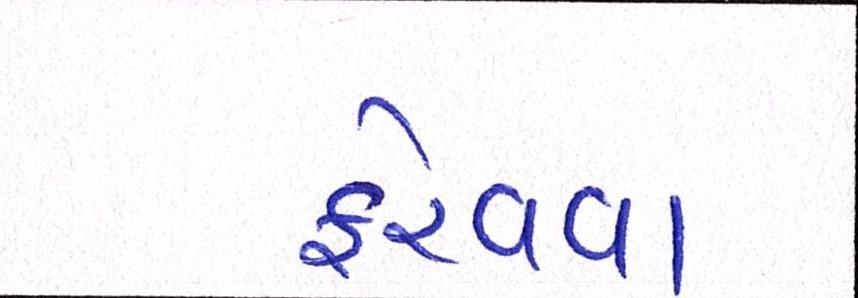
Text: ફેરવવા